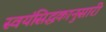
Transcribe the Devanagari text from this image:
स्वयंसिद्धकानुसारी